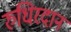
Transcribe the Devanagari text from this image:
रुधिरदान